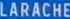
LARACHE